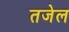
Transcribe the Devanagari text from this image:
तजेल